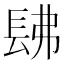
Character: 𨱰